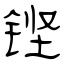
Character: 铿